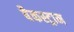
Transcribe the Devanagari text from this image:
बैकस्ट्राम